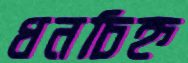
ধনচিহ্ন